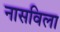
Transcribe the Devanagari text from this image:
नासविला